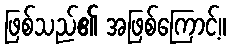
ဖြစ်သည်၏ အဖြစ်ကြောင့်။